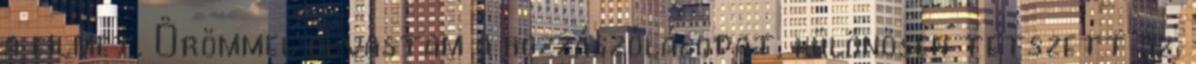
a filmet. Örömmel olvastam a hozzászólásodat, különösen tetszett az,